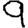
Digit: 9